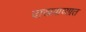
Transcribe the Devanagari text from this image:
दाखवाव्यात